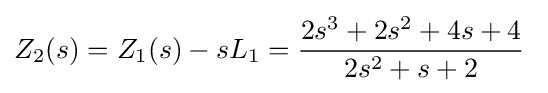
Z_{2}(s)=Z_{1}(s)-sL_{1}={\frac {2s^{3}+2s^{2}+4s+4}{2s^{2}+s+2}}\